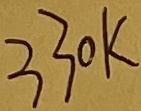
Text: 330K